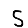
Digit: 5